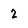
Character: 2